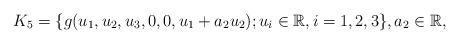
LaTeX: \begin{align*} K_{5}=\{g(u_1,u_2,u_3,0,0,u_1+a_2u_2);u_i \in \mathbb R, i=1,2,3 \}, a_2\in \mathbb R, \end{align*}